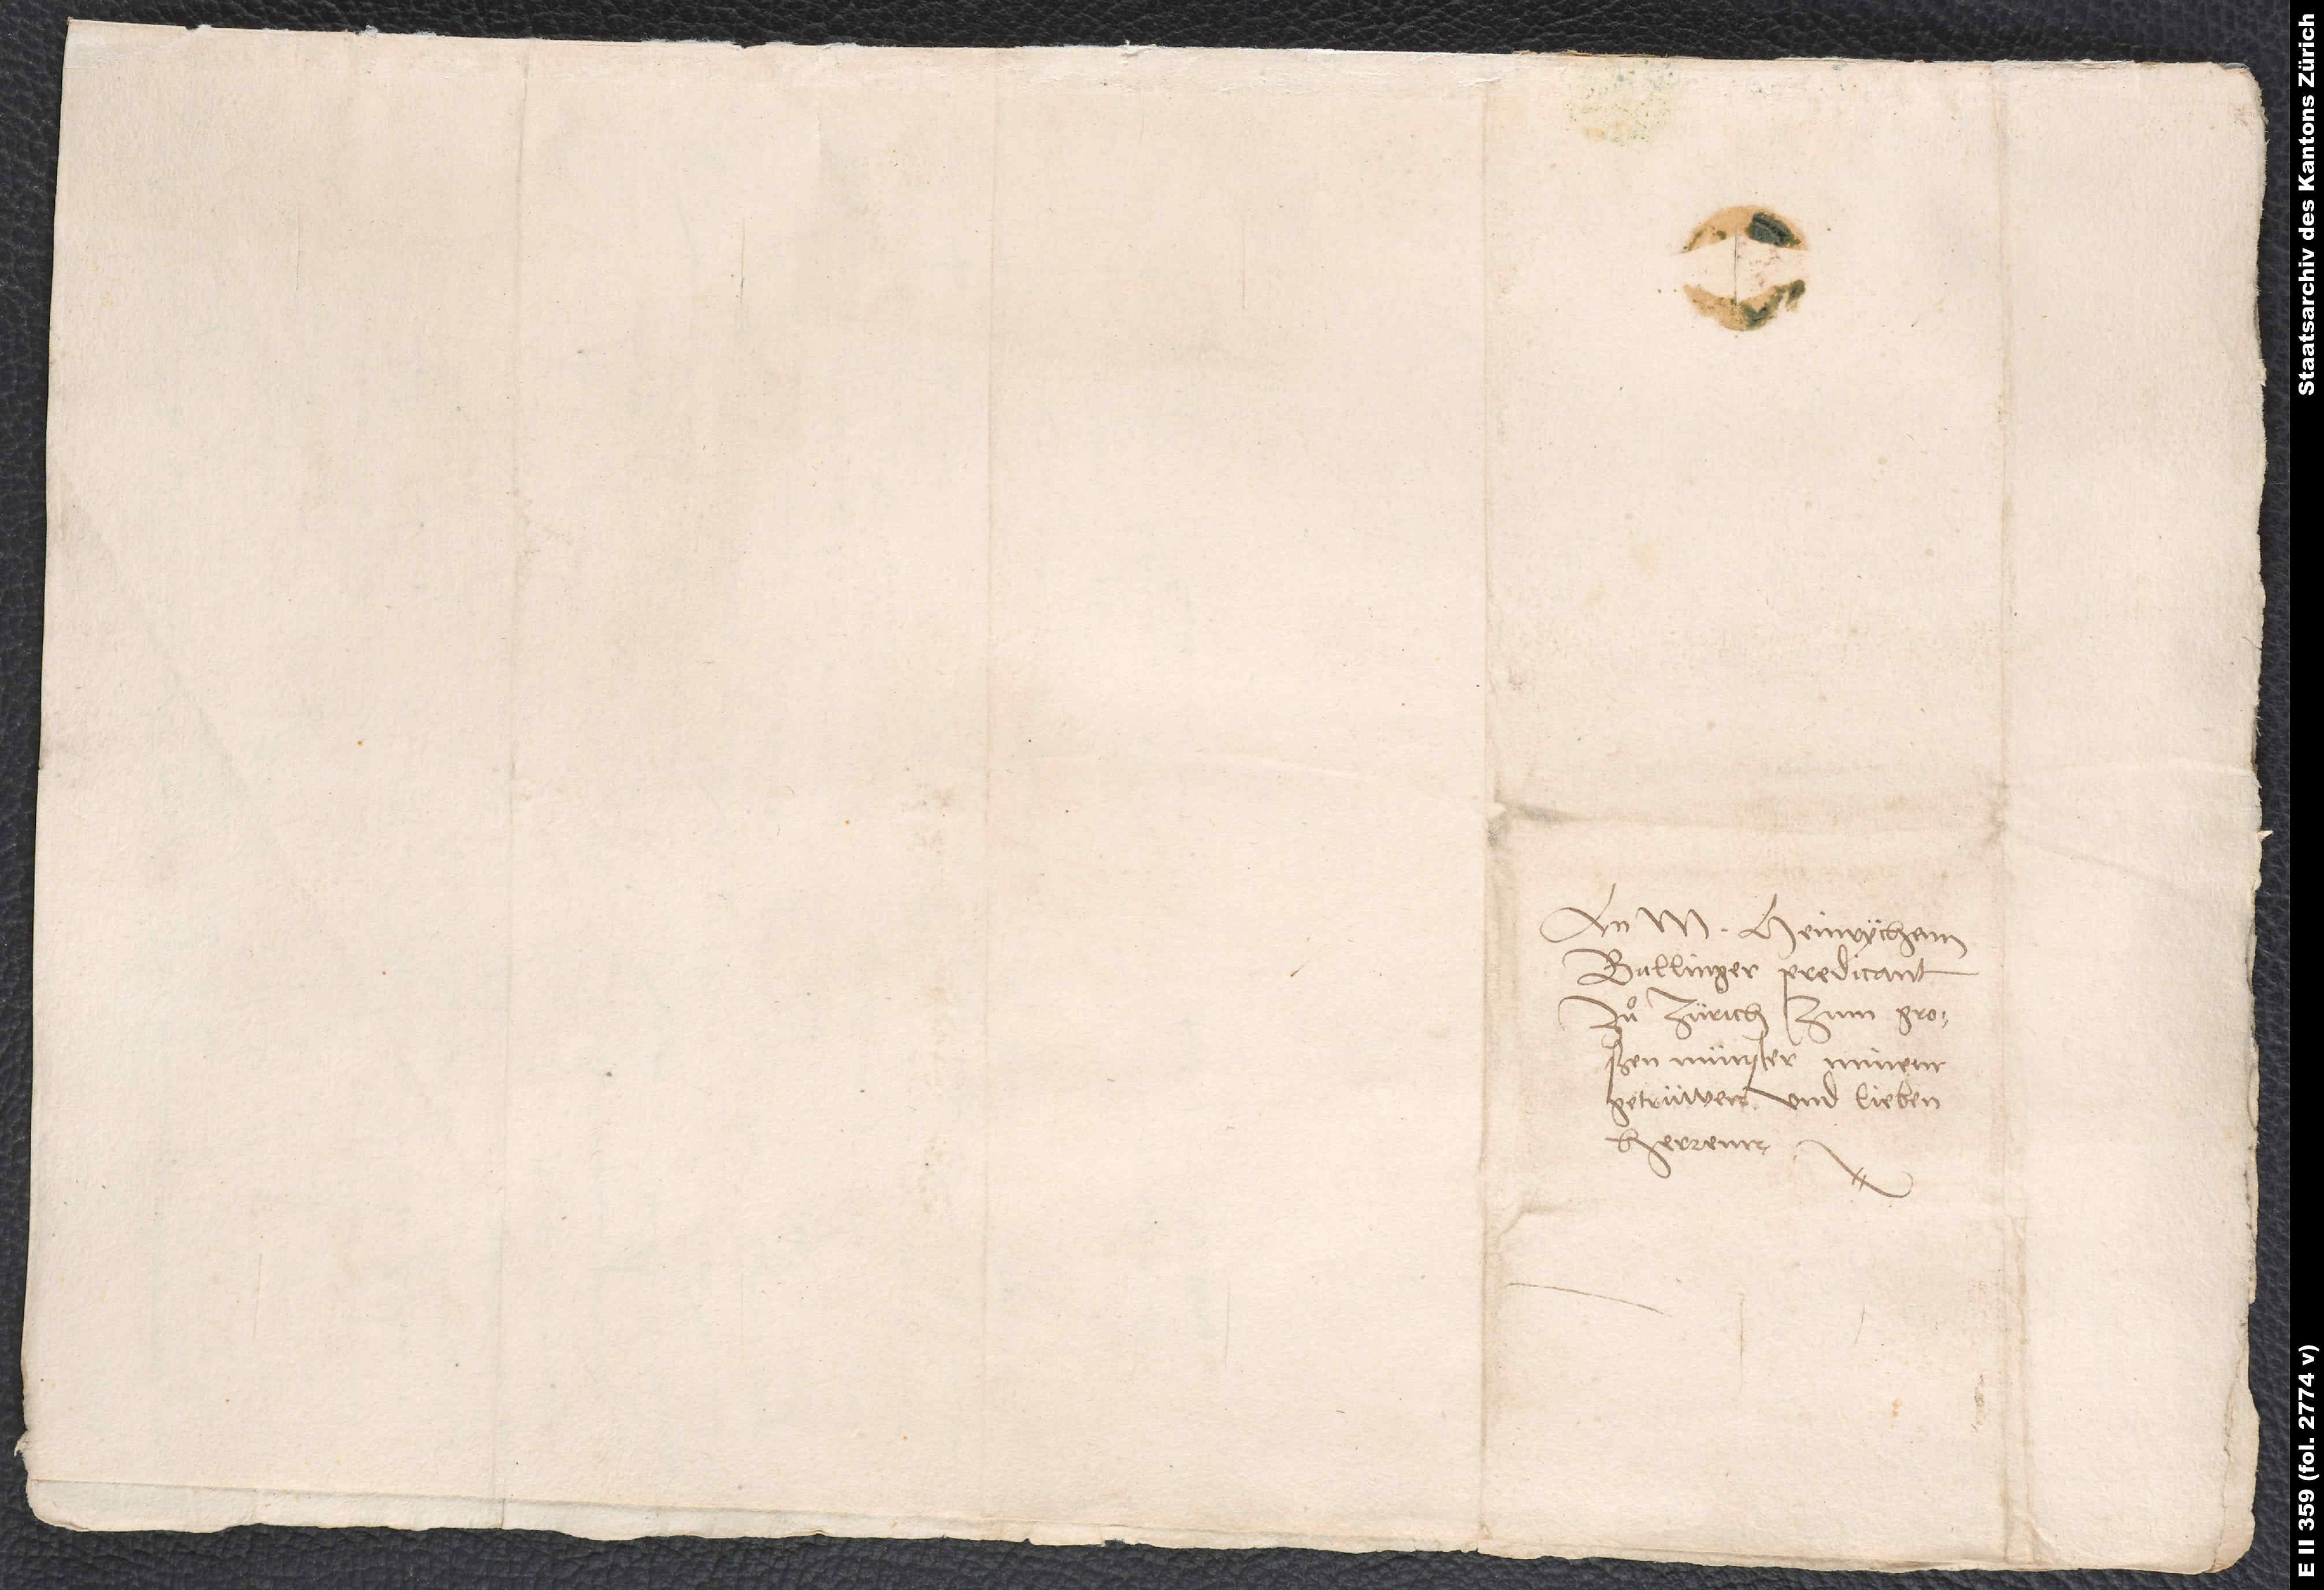
An M. Heinrychen
Bullinger, predicant
zuͦ Zürich zum großen
münster, minem
getrüwen und lieben
herrenn.